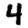
Digit: 4